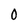
Character: 0